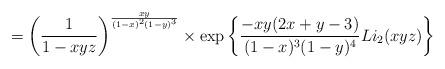
LaTeX: \begin{align*} = \left(\frac{1}{1-xyz} \right)^{\frac{xy}{(1-x)^2(1-y)^3}} \times \exp\left\{ \frac{-xy(2x+y-3)}{(1-x)^3(1-y)^4} Li_2(xyz) \right\}\end{align*}